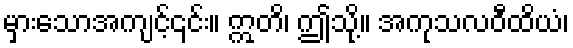
မှားသောအကျင့်၎င်း။ ဣတိ၊ ဤသို့။ အကုသလဝီထိယံ၊